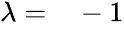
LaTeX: \begin{array}{rl}{\lambda=}&{{}-1}\end{array}